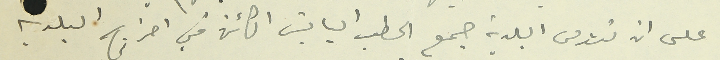
على ان تؤمن البلدية جمع الحطب اليابسَ الكائن في احراج البلديه